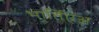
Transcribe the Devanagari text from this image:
भार्तिएअ